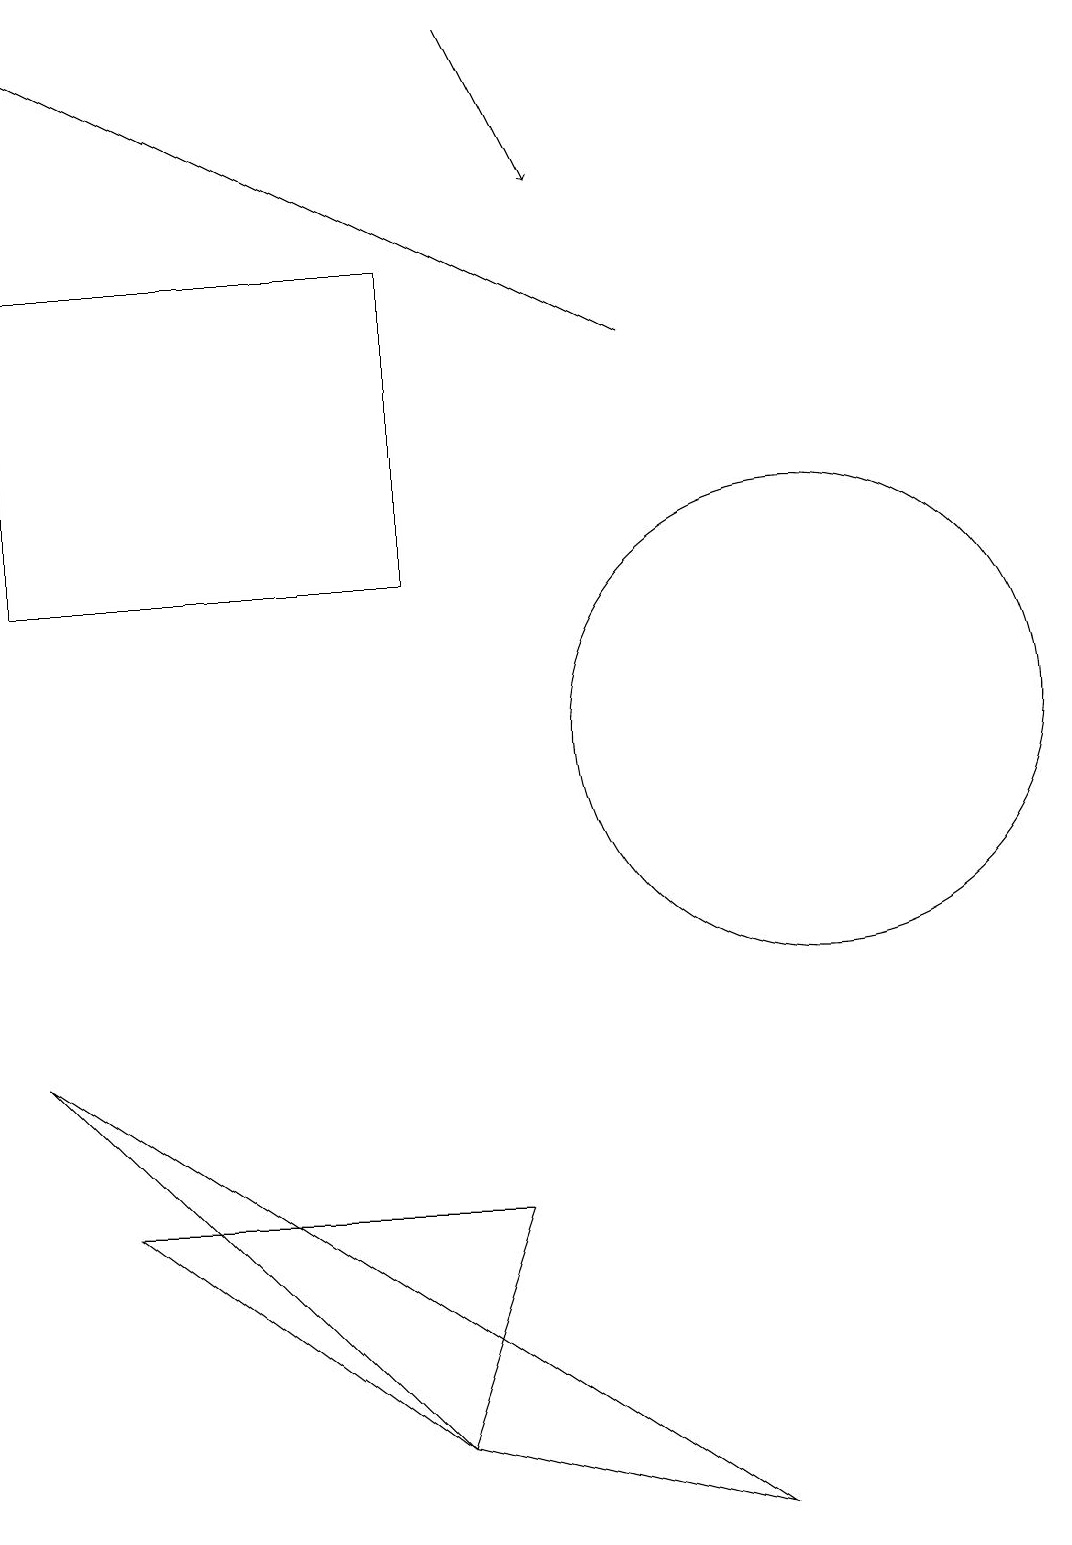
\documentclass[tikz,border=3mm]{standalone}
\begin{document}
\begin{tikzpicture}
\draw (0,12) rectangle (5,16);
\draw (5,1) -- (6,4) -- (1,4) -- cycle;
\draw[->] (8,15) -- (0,19);
\draw[->] (6,19) -- (7,17);
\draw (0,6) -- (9,0) -- (5,1) -- cycle;
\draw (10,10) circle (3);
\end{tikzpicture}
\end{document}